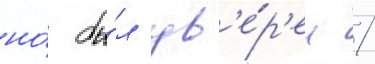
но́ бы́л ув'е́р'ен /